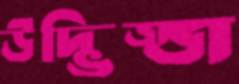
উদ্ভিজ্জ